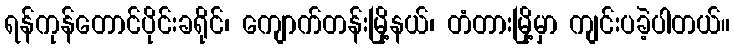
ရန်ကုန်တောင်ပိုင်းခရိုင်၊ ကျောက်တန်းမြို့နယ်၊ တံတားမြို့မှာ ကျင်းပခဲ့ပါတယ်။